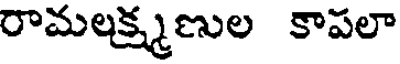
రామలక్ష్మణుల కాపలా